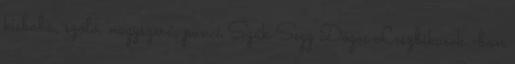
kisbaba, szóló, nagyszerű, punci Szűk Segg Dögös Leszbikusok -ban